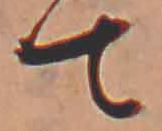
て